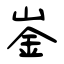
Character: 崟